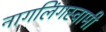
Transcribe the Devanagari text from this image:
नागलिंगस्वामी